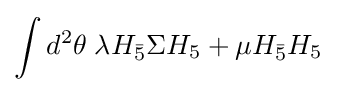
\int d^{2}\theta \;\lambda H_{\bar {5}}\Sigma H_{5}+\mu H_{\bar {5}}H_{5}